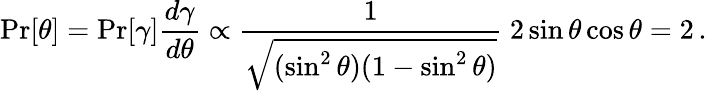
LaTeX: \operatorname*{Pr}[\theta]=\operatorname*{Pr}[\gamma]{\frac{d\gamma}{d\theta}}\propto{\frac{1}{\sqrt{(\sin^{2}\theta)(1-\sin^{2}\theta)}}}~2\sin\theta\cos\theta=2\, .